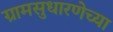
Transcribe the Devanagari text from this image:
ग्रामसुधारणेच्या